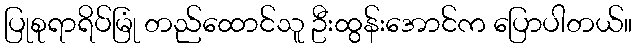
ပြုစုရာရိပ်မြုံ တည်ထောင်သူ ဦးထွန်းအောင်က ပြောပါတယ်။